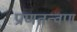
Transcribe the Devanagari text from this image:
प्राणतत्वण